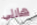
هارلي